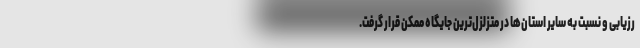
رزیابی و نسبت به سایر استان‌ها در متزلزل‌ترین جایگاه ممکن قرار گرفت.